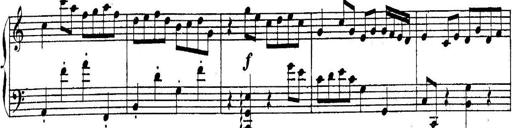
Title: Sonatina for Piano
Composer: BÃ©la BartÃ³k